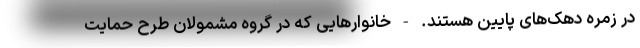
در زمره دهک‌های پایین هستند. - خانوارهایی که در گروه مشمولان طرح حمایت